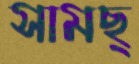
সামছ্